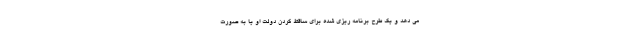
می دهد و یک طرح برنامه ریزی شده برای ساقط کردن دولت او یا به صورت